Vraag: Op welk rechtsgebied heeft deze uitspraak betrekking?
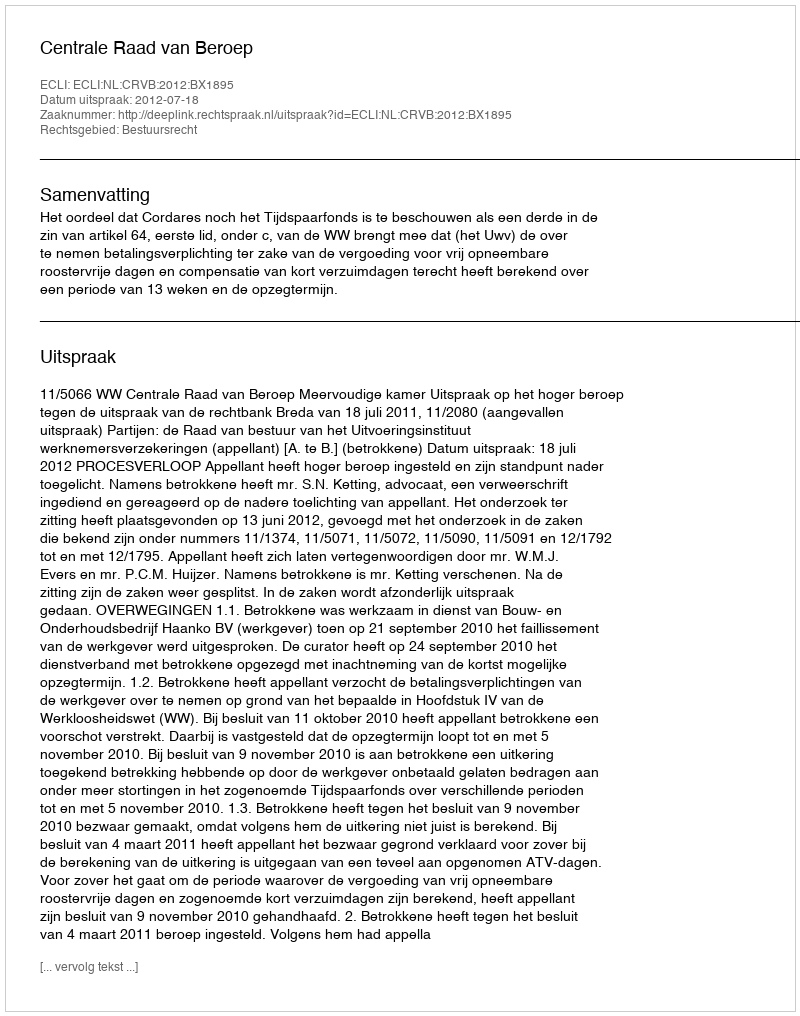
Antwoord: Bestuursrecht